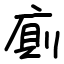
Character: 廁